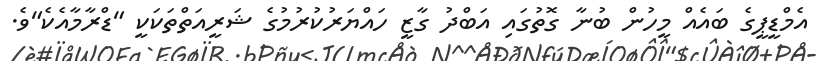
އެމްޑީޕީގެ ބައެއް މީހުން ބުނާ ގޮތުގައި އަބްދު ގާޒީ ހައްޔަރުކުރުމުގެ ޝަރީއަތްތަކަކީ "ޑްރާމާއެކެ"ވެ.